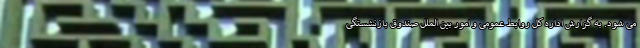
می شود. به گزارش اداره کل روابط عمومی و امور بین الملل صندوق بازنشستگی